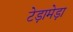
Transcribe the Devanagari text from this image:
टेड़ामेड़ा